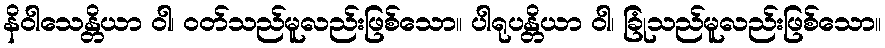
နိဝါသေန္တိယာ ဝါ၊ ဝတ်သည်မူလည်းဖြစ်သော။ ပါရုပန္တိယာ ဝါ၊ ခြုံသည်မူလည်းဖြစ်သော။